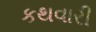
કથવારી